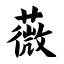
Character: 薇